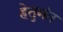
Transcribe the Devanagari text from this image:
हेतुमंत